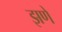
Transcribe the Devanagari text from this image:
झणें